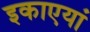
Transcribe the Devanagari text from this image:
इकाएयां